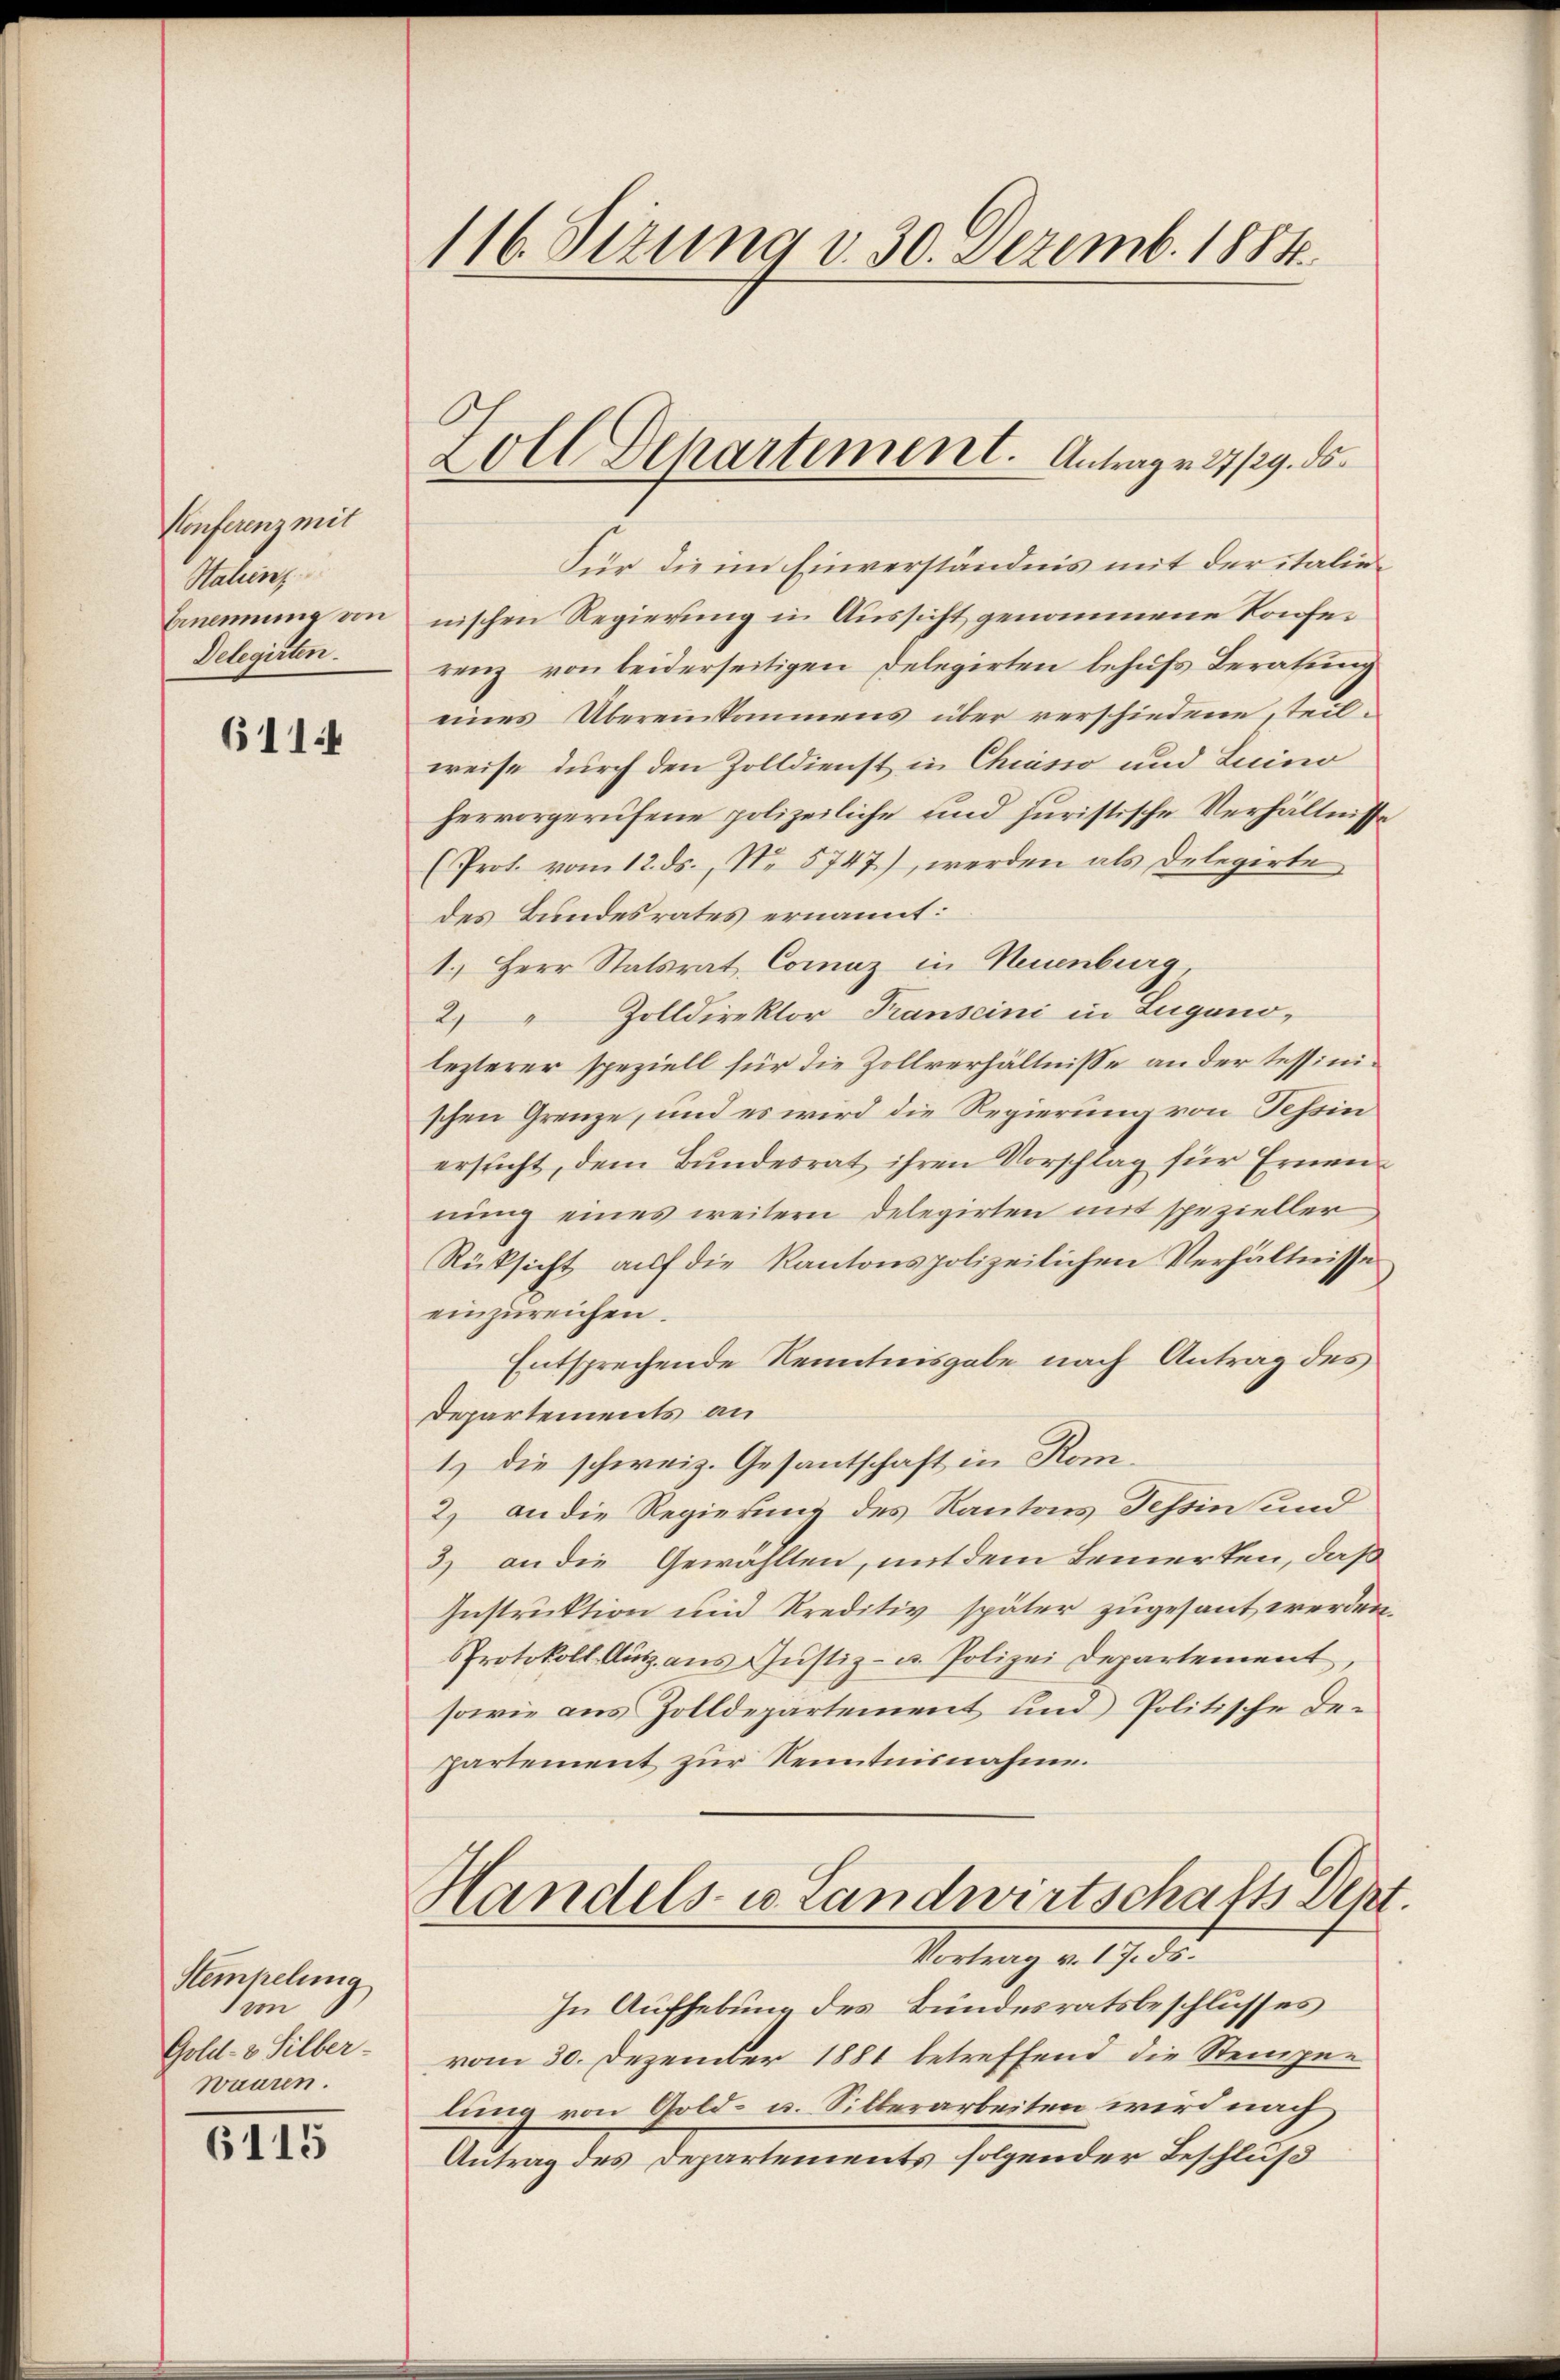
Konferenz mit
Stalienz
Benennung von
Delegirten.

6114

Steinhelung

Gold- & Silber-
waaren.

6115

116. Sezung d. 30. Dezemb. 1884.

Zoll Departement. Antrage 27/29. ds.

Für die im Einverständnis mit der italienischen Regierung in Aussicht genommene Konferenz von leiderseitigen Delegirten behufs Beratung
eines Übereinkommens über verschiedene, teilweise durch den Zolldienst in Chiasso und Luino
hervorgerufene polizeiliche und juristische Verhältnisse
(Prot. vom 12. ds., No 5747), werden als Delegirte
des Bundesrates ernannt:
1.) Herr Statsrat Comaz in Neuenburg
2 Zolldirektor Transcini in Luganolezterer speziell für die Zollverhältnisse an der Tessinischen Grenze, und es wird die Regierung von Tessin
ersucht, dem Bundesrat ihren Vorschlag für Ernennung eines weitern Delegirten mit spezieller
Rüksicht auf die Kantonspolizeilichen Verhältnisse
einzureichen.
Entsprechende Kenntnisgabe nach Antrag des
Departements an
1.) Die schweiz. Gesantschaft in Kom¬
2) an die Regierung des Kantons Tessin und
3) an die Gewählten, mit dem Bemerken, daß
Instruktion und Kreditiv später zugesant werden.
Protokoll Aŭsz. aŭs Jŭstiz- u. Polizei Departement,
sowie aus Zolldepartement und Politische Departement zur Kenntnisnahme.
Handels- u. Landwirtschafts Dent.
Vortrag d. 19. 32.
In Aufhebung des Bundesratsbeschlusses
vom 30. Dezember 1881 betreffend die Stemper
lung von Gold- u. Silberarbeiten wird nach
Antrag des Departements folgender Beschluß